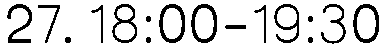
27. 18:00-19:30